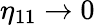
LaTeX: \eta_{11}\rightarrow 0